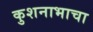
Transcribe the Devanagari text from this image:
कुशनाभाचा